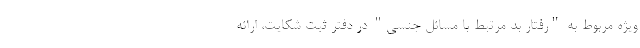
ویژه مربوط به "رفتار بد مرتبط با مسائل جنسی" در دفتر ثبت شکایت، ارائه